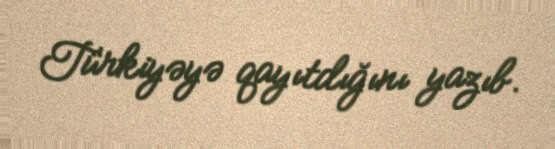
Türkiyəyə qayıtdığını yazıb.